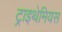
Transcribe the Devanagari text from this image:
ट्राइथेमियस